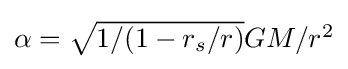
{\textstyle \alpha ={\sqrt {1/(1-r_{s}/r)}}GM/r^{2}}